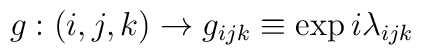
g:(i,j,k)\rightarrow g_{ijk}\equiv\exp{i\lambda_{ijk}}